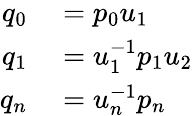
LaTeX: \begin{array}{rl}{q_{0}}&{{}=p_{0}u_{1}}\\ {q_{1}}&{{}=u_{1}^{-1}p_{1}u_{2}}\\ {q_{n}}&{{}=u_{n}^{-1}p_{n}}\end{array}